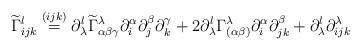
LaTeX: \begin{align*}\widetilde\Gamma^l_{ijk} \stackrel{(ijk)}{=} \partial_\lambda^l \widetilde\Gamma^\lambda_{\alpha\beta\gamma} \partial^\alpha_i \partial^\beta_j \partial^\gamma_k + 2\partial^l_\lambda \Gamma^\lambda_{(\alpha\beta)} \partial^\alpha_i \partial^\beta_{jk} + \partial^l_\lambda \partial^\lambda_{ijk} \end{align*}